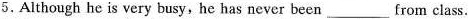
5. Although he is very busy,he has never been ___ from class.